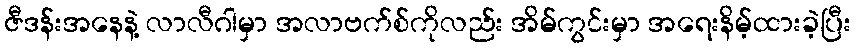
ဇီဒန်းအနေနဲ့ လာလီဂါမှာ အလာဗက်စ်ကိုလည်း အိမ်ကွင်းမှာ အရေးနိမ့်ထားခဲ့ပြီး